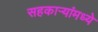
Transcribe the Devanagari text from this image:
सहकाऱ्यांमध्ये